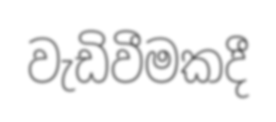
වැඩිවීමකදී